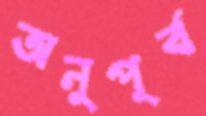
অনুপূর্ব